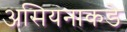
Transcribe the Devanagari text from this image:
असियनाकडे